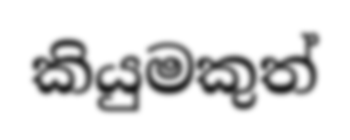
කියුමකුත්